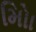
મોિા